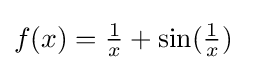
f(x)={\tfrac {1}{x}}+\sin({\tfrac {1}{x}})\quad